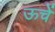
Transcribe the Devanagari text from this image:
ऊचें